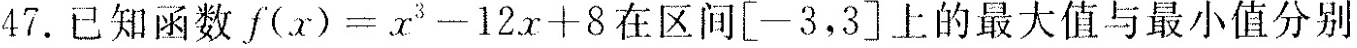
47.已知函数$$f ( x ) = x^{3} - 1 2 x + 8$$在区间[-3，3]上的最大值与最小值分别